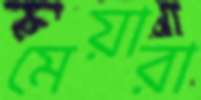
মেয়ারা